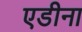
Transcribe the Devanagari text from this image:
एडीना